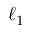
\ell _ { 1 }